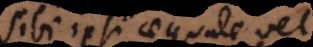
sibi ipsi aequale vel